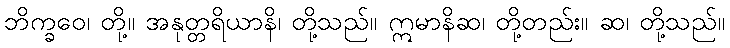
ဘိက္ခဝေ၊ တို့။ အနုတ္တရိယာနိ၊ တို့သည်။ ဣမာနိဆ၊ တို့တည်း။ ဆ၊ တို့သည်။